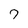
Character: 7